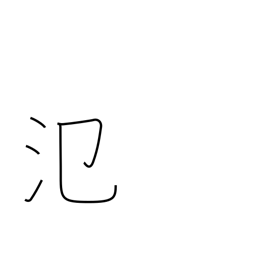
Meaning: spread out